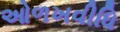
ઓળખવીધિ